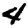
Digit: 4